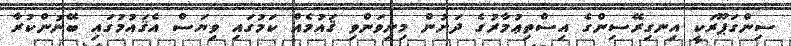
ސިންގަޕޫރަކީ އިނގިރޭސިންގެ އިސްތިޢުމާރުގެ ދަށުން މިނިވަންވި ޤައުމެއް ކަމުގައި ވިޔަސް އެޤައުމުގައި ބޭނުންކުރާ